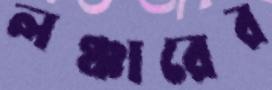
লঞ্চারের